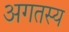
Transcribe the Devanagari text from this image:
अगतस्य